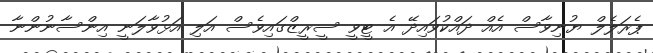
ޕެރަލެލް ޔުނިވާސް އެއް ދައްކުވައިދޭ އެ ޓީވީ ސީރީޒްގައިވެސް އަލި އަޅުވާލަނީ އިންސާނުންނާ